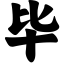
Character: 毕